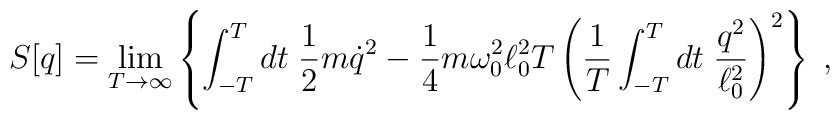
S[q] = \lim_{T \rightarrow \infty} \left\{\int_{-T}^T dt \; \frac12 m \dot{q}^2 - \frac14 m \omega_0^2 \ell_0^2 T \left({1 \over T} \int_{-T}^T dt\; {q^2 \over \ell_0^2}\right)^2 \right\} \; ,